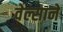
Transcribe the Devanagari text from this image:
वेल्साने